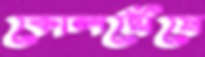
কোলঘেঁষে